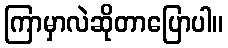
ကြာမှာလဲဆိုတာပြောပါ။